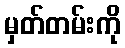
မှတ်တမ်းကို